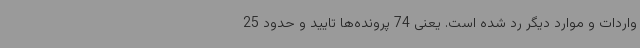
واردات و موارد دیگر رد شده است. یعنی 74 پرونده‌ها تایید و حدود 25